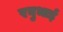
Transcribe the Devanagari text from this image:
रघुभाई